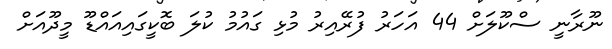
ނޫރާނީ ސްކޫލަށް 44 އަހަރު ފުރޭއިރު މުޅި ގައުމު ކުލަ ބޮކީގައިއައްޑޫ މީދޫއަށް